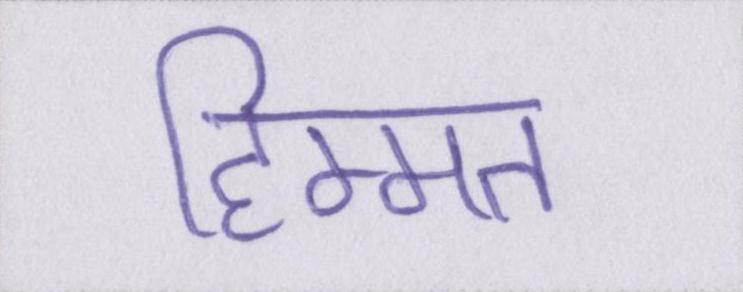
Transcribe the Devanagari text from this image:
हिम्मत